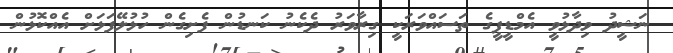
ނަޝީދު ވިދާޅުވީ އެމްޑީޕީގެ ތަސައްވަރަކީ ގިރާވަރު ދެކެނު ކަނޑުން ފެށިގެން ހުޅުލޭފަޅަށް އެއްކޮޅުން